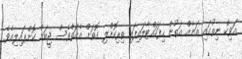
އަވިކް ނިތުގައި އަނެއް އަތުން ހިފަހައްޓާލައިފައި ތިރިކޮށްލި ގޮތަށް އެއަތްވެސް ޖީބަށް ކޮށްޕައިލިއެވެ.